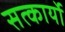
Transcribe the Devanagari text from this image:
सत्कार्यो